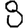
Digit: 8